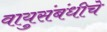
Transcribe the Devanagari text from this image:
वायुसंबंधीचे